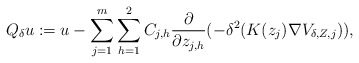
\begin{align*}Q_\delta u:=u-\sum_{j=1}^m\sum_{h=1}^2C_{j,h}\frac{\partial}{\partial z_{j,h}}(-\delta^2(K(z_j)\nabla V_{\delta, Z,j})),\end{align*}